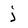
Character: j